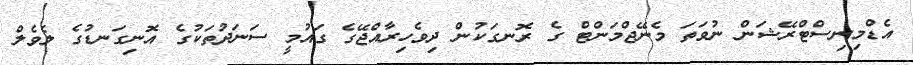
އެޑްމިނިސްޓްރޭޝަން ނުވަތަ މެނޭޖްމަންޓް ގެ ރޮނގަކުން ދިވެހިރާއްޖޭގެ ގައުމީ ސަނަދުތަކުގެ އޮނިގަނޑުގެ ލެވެލް